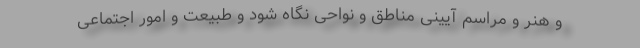
و هنر و مراسم آیینی مناطق و نواحی نگاه شود و طبیعت و امور اجتماعی